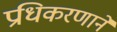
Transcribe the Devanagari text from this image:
प्रधिकरणाने